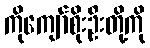
ကိုကျော်စိုးဦးတို့ကို